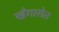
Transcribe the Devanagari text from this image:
खँगारोत